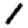
Digit: 1